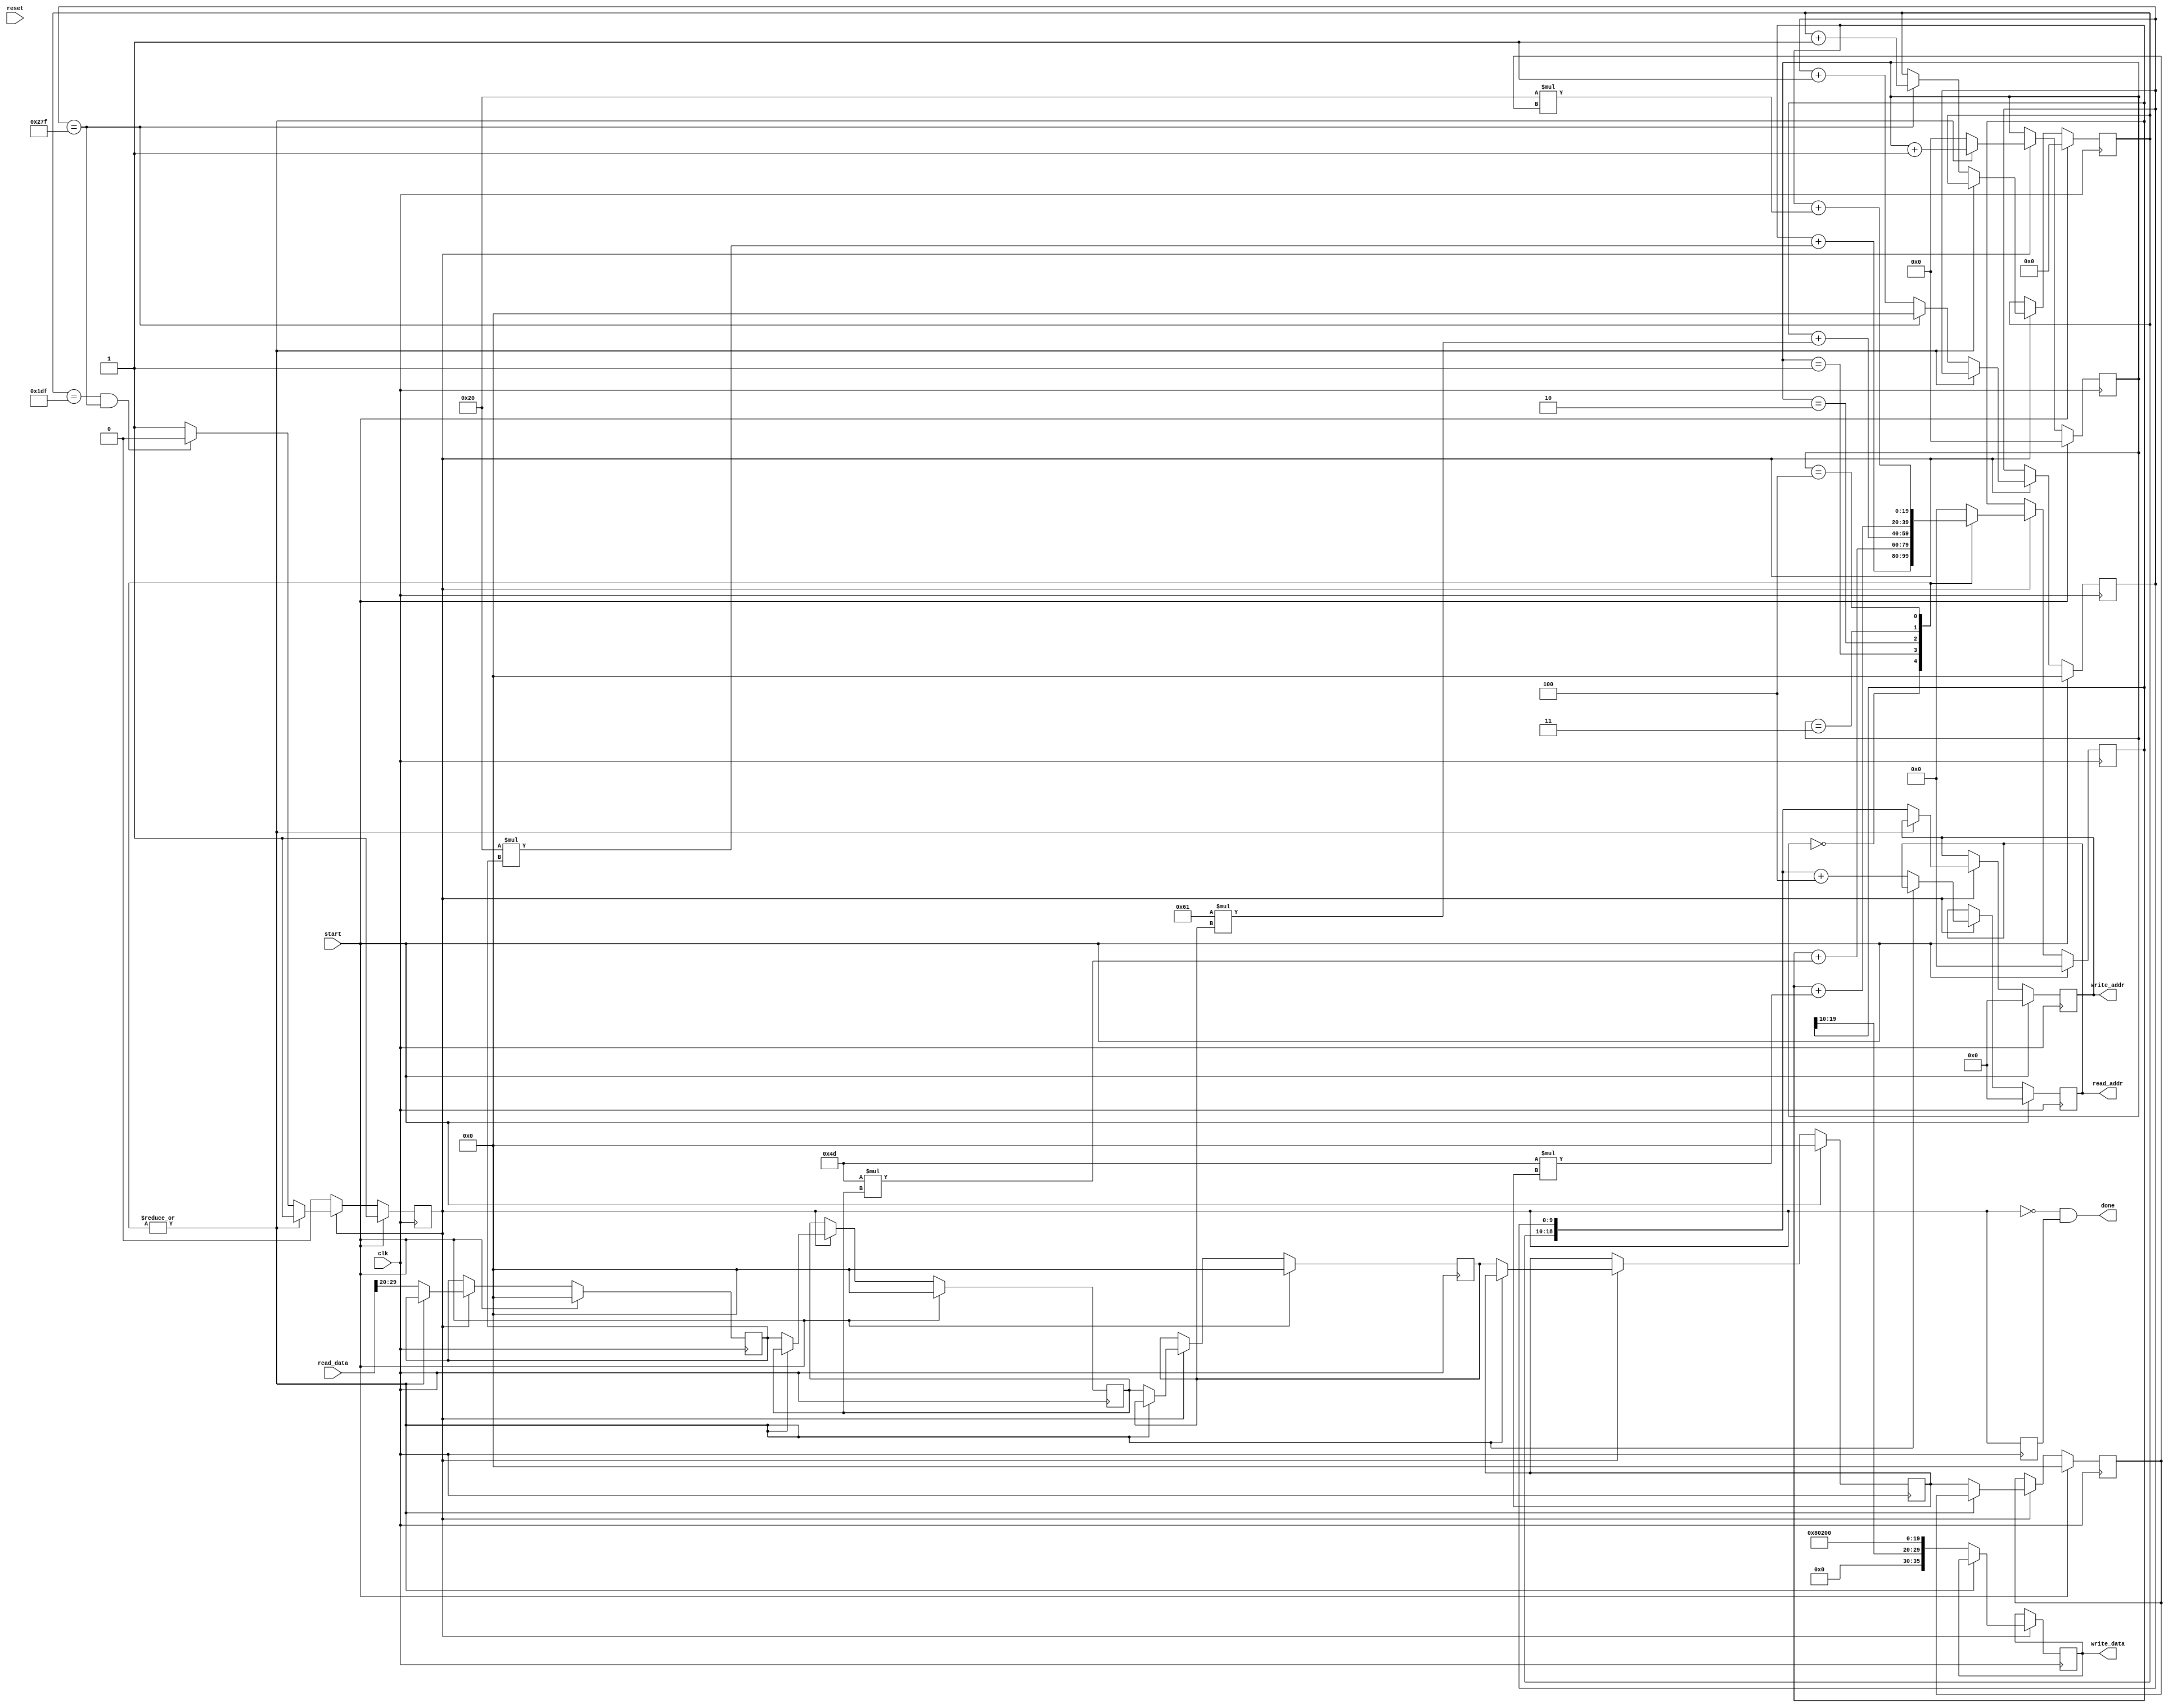
`timescale 1ns / 1ps
//////////////////////////////////////////////////////////////////////////////////
// Company: 
// Engineer: 
// 
// Design Name: 
// Module Name:    gaussian_blurrer 
// Project Name: 
// Target Devices: 
// Tool versions: 
// Description: 
//
// Dependencies: 
//
// Revision: 
// Revision 0.01 - File Created
// Additional Comments: 
//
//////////////////////////////////////////////////////////////////////////////////
module gaussian_x_blurrer #(parameter WIDTH = 640, HEIGHT = 480) 
							  (input reset,
								input clk,
								input start,
								output done,
								output reg [18:0] read_addr,
								input [35:0] read_data,
								output reg [18:0] write_addr,
								output reg [35:0] write_data);
	reg [9:0] x;
	reg [8:0] y;
	reg [9:0] pixel_buffer [4:0];
	reg [3:0] multiplication_count;
	reg go = 0;
	reg old_go = 0;
	reg [19:0] pixel;

	assign done = ~go & old_go; //generate the done signal
	
	always @(posedge clk) begin	
		old_go <= go; //used to generate the done signal
		if(go) begin
			multiplication_count <= multiplication_count + 1;
			case(multiplication_count)
				//these are 1024 times too big
				0: pixel <= pixel + (32 * pixel_buffer[0]);
				1: pixel <= pixel + (77 * pixel_buffer[1]);
				2: pixel <= pixel + (97 * pixel_buffer[2]);
				3: pixel <= pixel + (77 * pixel_buffer[3]);
				4: pixel <= pixel + (32 * pixel_buffer[4]);
				default begin
					multiplication_count <= 0;
					//shift in new data
					pixel_buffer[4] <= pixel_buffer[3];
					pixel_buffer[3] <= pixel_buffer[2];
					pixel_buffer[2] <= pixel_buffer[1];
					pixel_buffer[1] <= pixel_buffer[0];
					pixel_buffer[0] <= read_data[29:20];
					
					//set address of next pixel to read
					read_addr <= {y[8:0], x[9:0]} + 4; 
					//write blurred grayscale pixel in YCrCb
					write_addr <= {y[8:0], x[9:0]};
					write_data <= {6'b0,pixel[19:10],10'd512,10'd512};
					//write_data <= 0;
					x <= x + 1; //move to next pixel
					if(x == WIDTH - 1) begin
						x <= 0;
						y <= y + 1; //go to next line
					end
					//if we read the end of the image, stop processing
					if(y == HEIGHT - 1 && x == WIDTH - 1) begin
						go <= 0;
					end
					
					pixel <= 0;
				end
			endcase
		end
		
		if(start) begin
				read_addr <= 0;
				write_addr <= 0;
				x <= 0;
				y <= 0;
				multiplication_count <= 0;
				pixel <= 0;
				go <= 1;
				pixel_buffer[0] <= 0;
				pixel_buffer[1] <= 0;
				pixel_buffer[2] <= 0;
				pixel_buffer[3] <= 0;
				pixel_buffer[4] <= 0;
		end
	end

endmodule